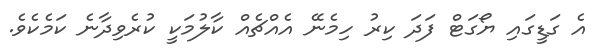
އެ ގަޑީގައި ޔޯގަޓް ފަދަ ކިރު ހިމެނޭ އެއްޗެއް ކާލުމަކީ ކުރެވިދާނެ ކަމެކެވެ.